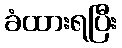
ခံထားရပြီး